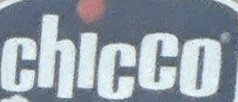
chicco